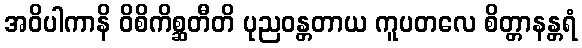
အဝိပါကာနိ ဝိစိကိစ္ဆတီတိ ပုညဝန္တတာယ ကူပတလေ စိတ္တာနန္တရံ